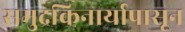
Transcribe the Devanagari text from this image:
समुद्रकिनार्यापासून